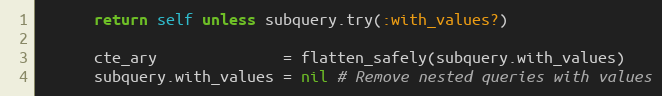
Language: Ruby
      return self unless subquery.try(:with_values?)

      cte_ary              = flatten_safely(subquery.with_values)
      subquery.with_values = nil # Remove nested queries with values